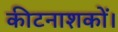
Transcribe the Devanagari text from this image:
कीटनाशकों।